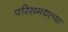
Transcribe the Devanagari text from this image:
परिसमधल्या